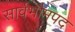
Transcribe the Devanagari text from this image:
सार्वभौमपद